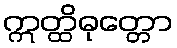
ဣတ္ထိဓုတ္တော